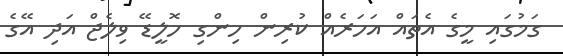
ގަމުގައި މީގެ އެތައް އަހަރެއް ކުރިން ހިންގި ހޮލީޑޭ ވިލެޖް އަދި އޭގެ